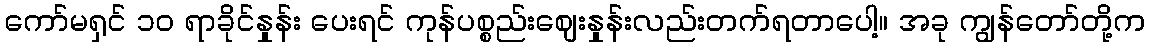
ကော်မရှင် ၁၀ ရာခိုင်နှုန်း ပေးရင် ကုန်ပစ္စည်းဈေးနှုန်းလည်းတက်ရတာပေါ့။ အခု ကျွန်တော်တို့က